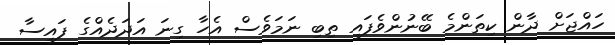
ހައްޖަށް ދާން ކިތަންމެ ބޭނުންވެފައި ތިބި ނަމަވެސް އެހާ ގިނަ އަދަދެއްގެ ފައިސާ